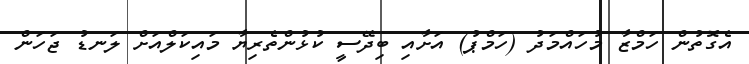
އެގޮތުން ހަމްޒާ މުހައްމަދު (ހަމްޕު) އަށާއި ބިދޭސީ ކުޅުންތެރިޔާ މައިކަލްއަށް ލަނޑު ޖަހަން